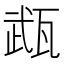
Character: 𤭎